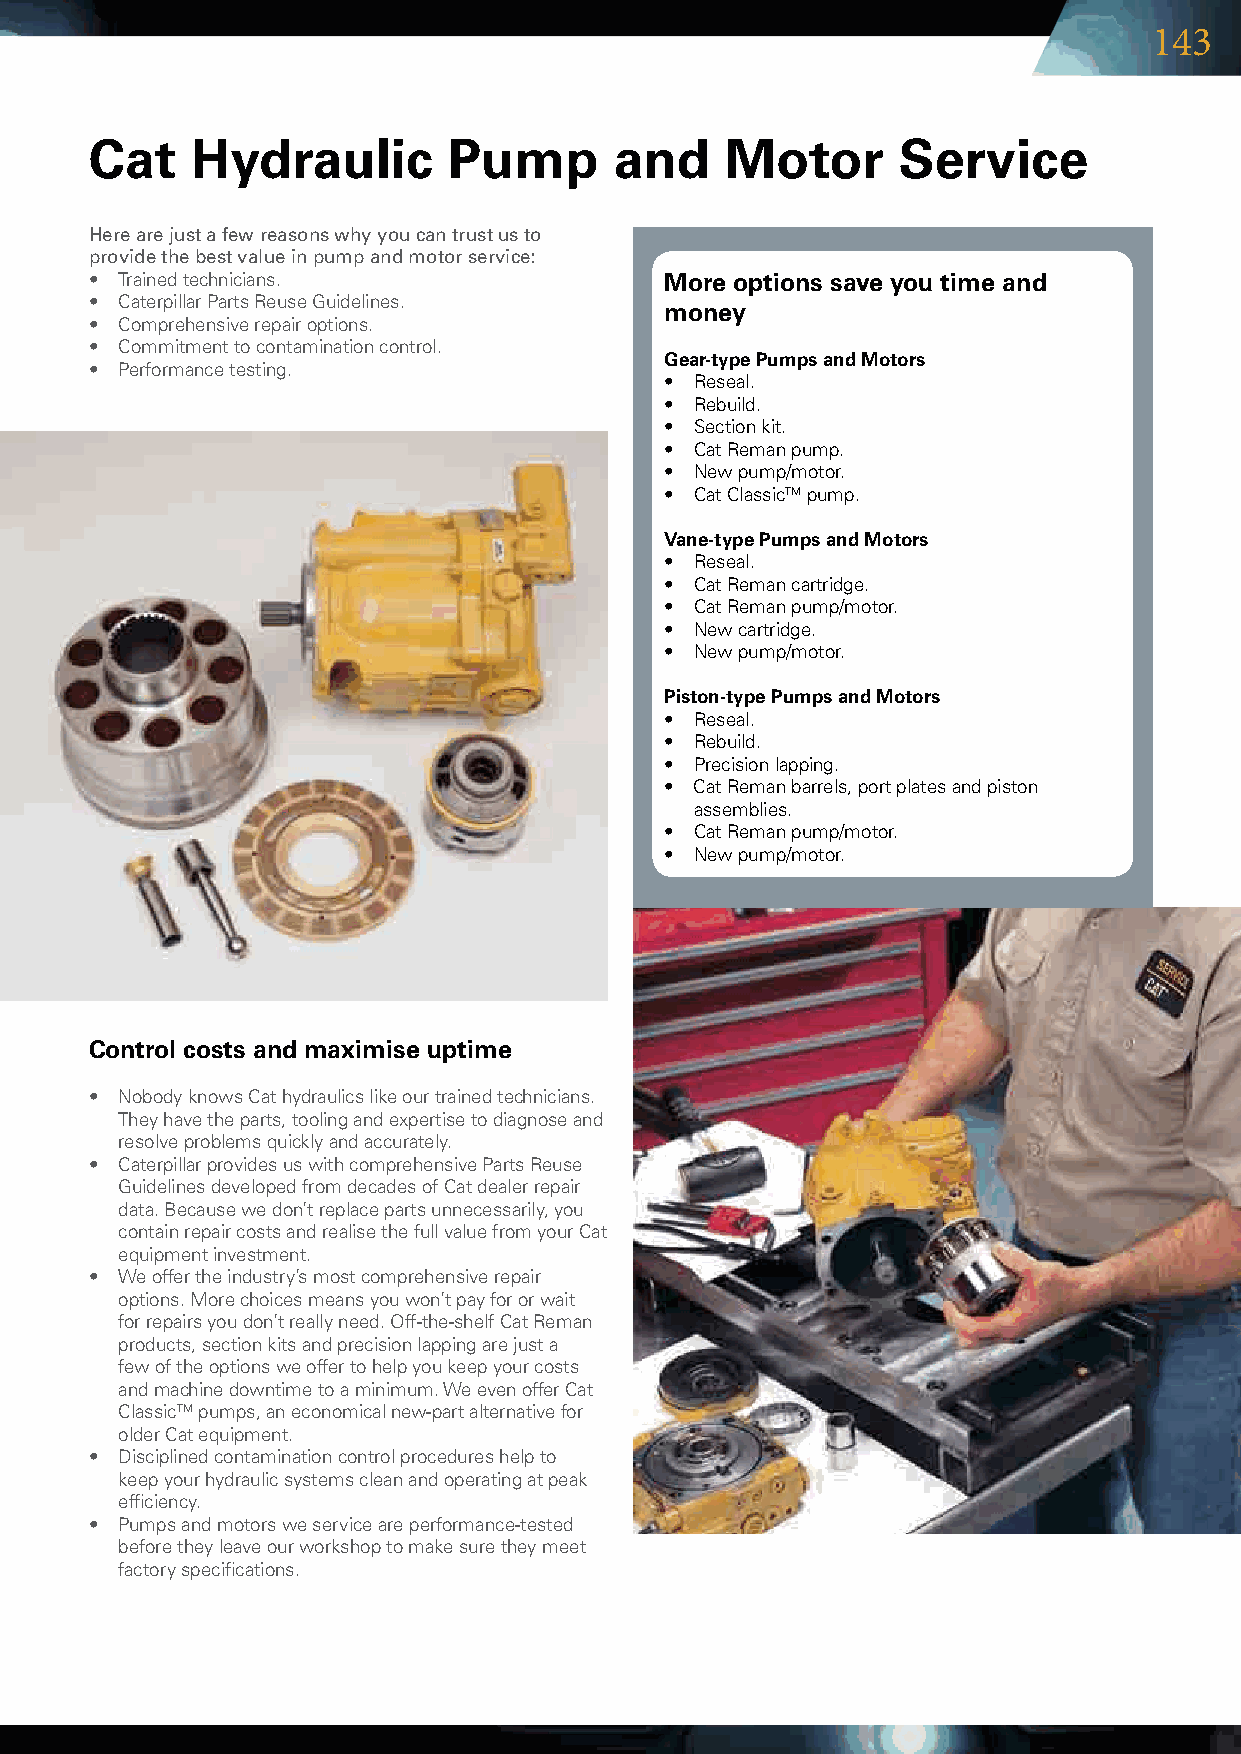
143
 Cat    Hydraulic        Pump       and    Motor      Service
 Here are just a few reasons why you can trust us to
 provide the best value in pump and motor service:
 • Trainedtechnicians.               More options save you time and
 • CaterpillarPartsReuseGuidelines.
 money
 • Comprehensiverepairoptions.
 • Commitmenttocontaminationcontrol.
 Gear-type Pumps and Motors
 • Performancetesting.
 • Reseal.
 • Rebuild.
 • Sectionkit.
 • CatRemanpump.
 • Newpump/motor.
 • CatClassicTMpump.
 Vane-type Pumps and Motors
 • Reseal.
 • CatRemancartridge.
 • CatRemanpump/motor.
 • Newcartridge.
 • Newpump/motor.
 Piston-type Pumps and Motors
 • Reseal.
 • Rebuild.
 • Precisionlapping.
 • CatRemanbarrels,portplatesandpiston
 assemblies.
 • CatRemanpump/motor.
 • Newpump/motor.
 Control costs and maximise uptime
 • NobodyknowsCathydraulicslikeourtrainedtechnicians.
 Theyhavetheparts,toolingandexpertisetodiagnoseand
 resolveproblemsquicklyandaccurately.
 • CaterpillarprovidesuswithcomprehensivePartsReuse
 GuidelinesdevelopedfromdecadesofCatdealerrepair
 data.Becausewedon’treplacepartsunnecessarily,you
 containrepaircostsandrealisethefullvaluefromyourCat
 equipmentinvestment.
 • Weoffertheindustry’smostcomprehensiverepair
 options.Morechoicesmeansyouwon’tpayfororwait
 forrepairsyoudon’treallyneed.Off-the-shelfCatReman
 products,sectionkitsandprecisionlappingarejusta
 fewoftheoptionsweoffertohelpyoukeepyourcosts
 andmachinedowntimetoaminimum.WeevenofferCat
 ClassicTMpumps,aneconomicalnew-partalternativefor
 olderCatequipment.
 • Disciplinedcontaminationcontrolprocedureshelpto
 keepyourhydraulicsystemscleanandoperatingatpeak
 efficiency.
 • Pumpsandmotorsweserviceareperformance-tested
 beforetheyleaveourworkshoptomakesuretheymeet
 factoryspecifications.